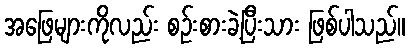
အဖြေများကိုလည်း စဉ်းစားခဲ့ပြီးသား ဖြစ်ပါသည်။